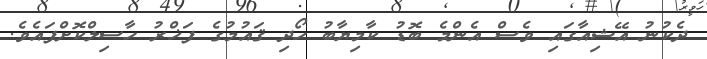
ދެކުނު އޭޝިއާގައި ވެސް އެންމެ ބޮޑު ކާމިޔާބު ހޯދި ޤައުމުގެ ފަޚްރު ހާސިލްކޮށްފައެވެ.